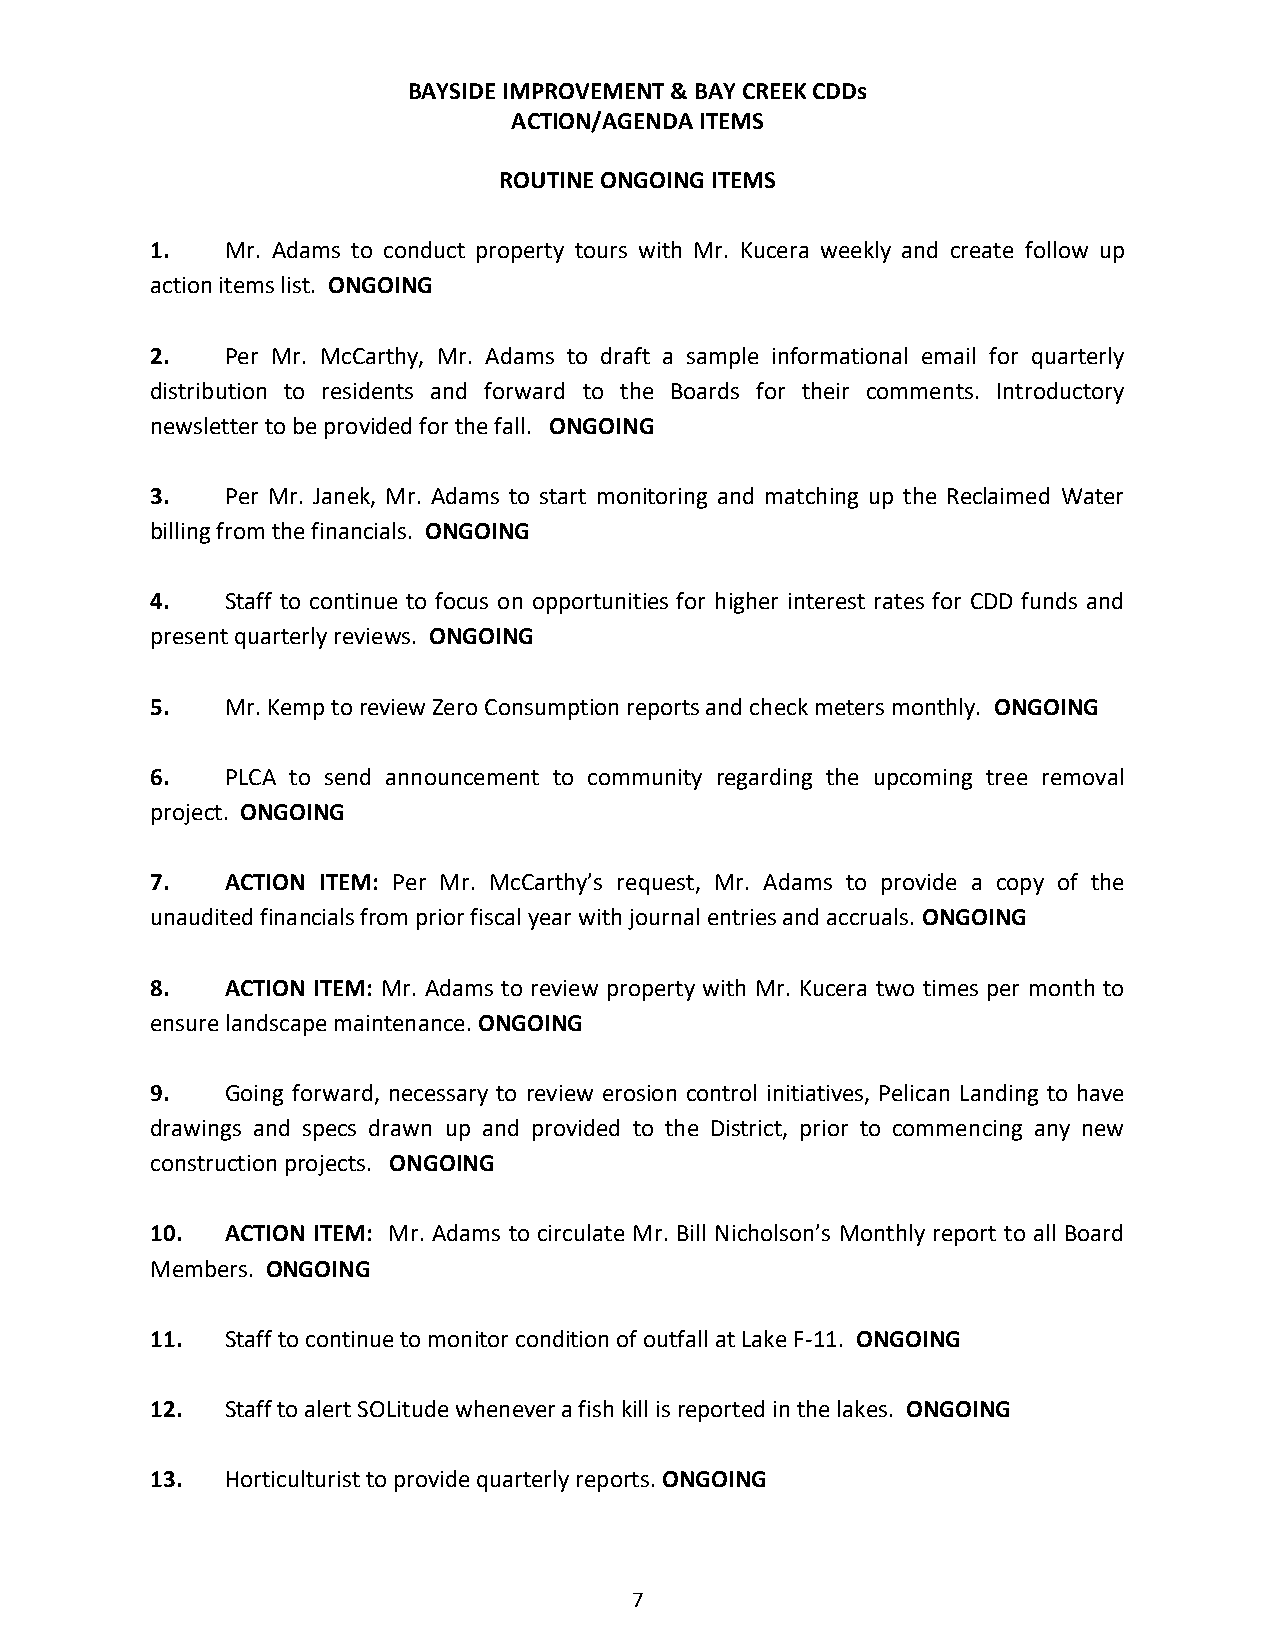
BAYSIDE IMPROVEMENT & BAY CREEK CDDs
 ACTION/AGENDA ITEMS
 ROUTINE ONGOING ITEMS
 1.   Mr. Adams to conduct property tours with Mr. Kucera weekly and create follow up
 action items list. ONGOING
 2.   Per Mr. McCarthy, Mr. Adams to draft a sample informational email for quarterly
 distribution to residents and forward to the Boards for their comments. Introductory
 newsletter to be provided for the fall. ONGOING
 3.   Per Mr. Janek, Mr. Adams to start monitoring and matching up the Reclaimed Water
 billing from the financials. ONGOING
 4.   Staff to continue to focus on opportunities for higher interest rates for CDD funds and
 present quarterly reviews. ONGOING
 5.   Mr. Kemp to review Zero Consumption reports and check meters monthly. ONGOING
 6.   PLCA to send announcement to community regarding the upcoming tree removal
 project. ONGOING
 7.   ACTION ITEM: Per Mr. McCarthy’s request, Mr. Adams to provide a copy of the
 unaudited financials from prior fiscal year with journal entries and accruals. ONGOING
 8.   ACTION ITEM: Mr. Adams to review property with Mr. Kucera two times per month to
 ensure landscape maintenance. ONGOING
 9.   Going forward, necessary to review erosion control initiatives, Pelican Landing to have
 drawings and specs drawn up and provided to the District, prior to commencing any new
 construction projects. ONGOING
 10.  ACTION ITEM: Mr. Adams to circulate Mr. Bill Nicholson’s Monthly report to all Board
 Members. ONGOING
 11.  Staff to continue to monitor condition of outfall at Lake F-11. ONGOING
 12.  Staff to alert SOLitude whenever a fish kill is reported in the lakes. ONGOING
 13.  Horticulturist to provide quarterly reports. ONGOING
 7